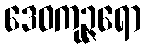
ဒေဝကုဉ္ဇရော